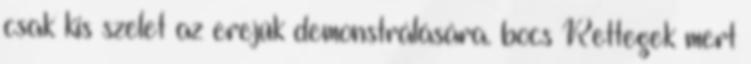
csak kis szelet az erejük demonstrálására. bocs Rettegek mert